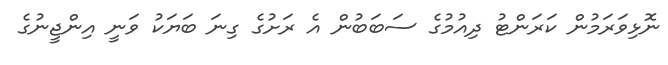
ނޮޅިވަރަމުން ކަރަންޓު ދިއުމުގެ ސަބަބުން އެ ރަށުގެ ގިނަ ބަޔަކު ވަނީ އިންޖީނުގެ